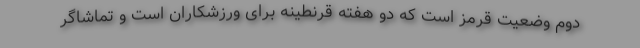
دوم وضعیت قرمز است که دو هفته قرنطینه برای ورزشکاران است و تماشاگر